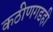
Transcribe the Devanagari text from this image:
कठीणगडही